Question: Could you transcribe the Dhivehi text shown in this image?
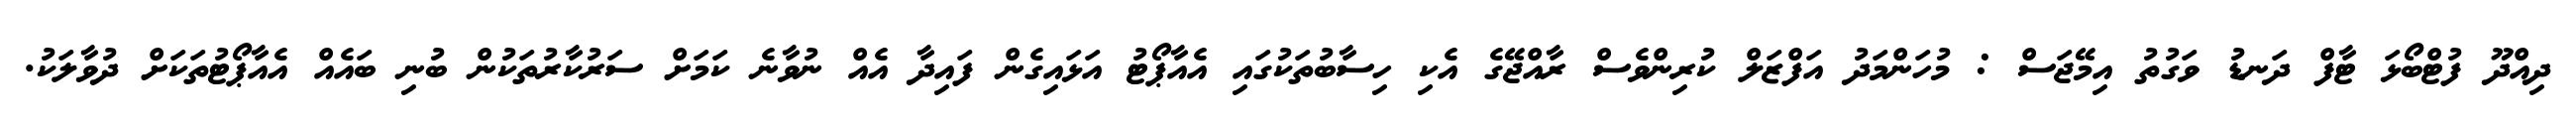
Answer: ދިއްދޫ ފުޓްބޯޅަ ޓާފް ދަނޑު ވަގުތު އިމޭޖަސް : މުހަންމަދު އަފްޒަލް ކުރިންވެސް ރާއްޖޭގެ އެކި ހިސާބުތަކުގައި އެއާޕޯޓު އަޅައިގެން ފައިދާ އެއް ނުވާނެ ކަމަށް ސަރުކާރުތަކުން ބުނި ބައެއް އެއާޕޯޓުތަކަށް ދުވާލަކު.